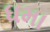
ધમા